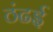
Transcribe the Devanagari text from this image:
ठंढई